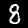
Label: 8